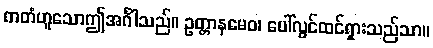
ကတံဟူသောဤအင်္ဂါသည်။ ဥတ္တာနမေဝ၊ ပေါ်လွင်ထင်ရှားသည်သာ။